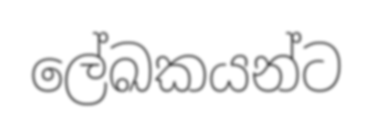
ලේඛකයන්ට